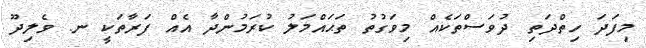
މިފަދަ ހިތްދަތި ދުވަސްތަކެއް މިވަގުތު ތަޙައްމަލު ކުރަމުންދާ އެއް ފަރާތަކީ ނ. ވެލިދޫ